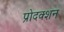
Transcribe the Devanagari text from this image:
प्रोदक्शन